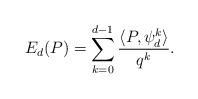
LaTeX: \begin{align*}E_d(P) = \sum_{k=0}^{d-1} \frac{\langle P, \psi_d^k\rangle}{q^k}.\end{align*}